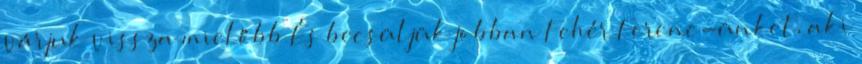
várjuk vissza mielőbb És becsüljük jobban Fehér Ferenc-ünket, aki